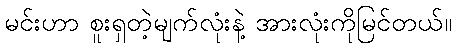
မင်းဟာ စူးရှတဲ့မျက်လုံးနဲ့ အားလုံးကိုမြင်တယ်။